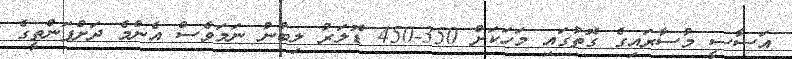
އަސާސީ މުސާރައިގެ ގޮތުގައި މަހަކަށް 350-450 ޑޮލަރު ލިބުނު ނަމަވެސް އެންމެ ދަށްފަންތީގެ